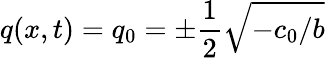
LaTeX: q(x,t)=q_{0}=\pm\frac{1}{2}\sqrt{-c_{0}/b}